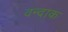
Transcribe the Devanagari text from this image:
वन्दाक